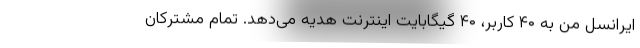
ایرانسل من به ۴۰ کاربر، ۴۰ گیگابایت اینترنت هدیه می‌دهد. تمام مشترکان